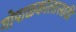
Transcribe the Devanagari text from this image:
गोपाळकालासाठी